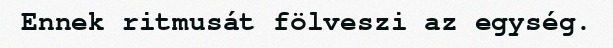
Ennek ritmusát fölveszi az egység.